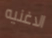
الاغنيه